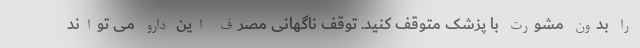
را بدون مشورت با پزشک متوقف کنید. توقف ناگهانی مصرف این دارو می تواند